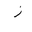
Letter: _zay